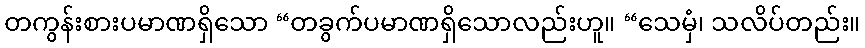
တကွန်းစားပမာဏရှိသော “တခွက်ပမာဏရှိသောလည်းဟူ။ “သေမှံ၊ သလိပ်တည်း။